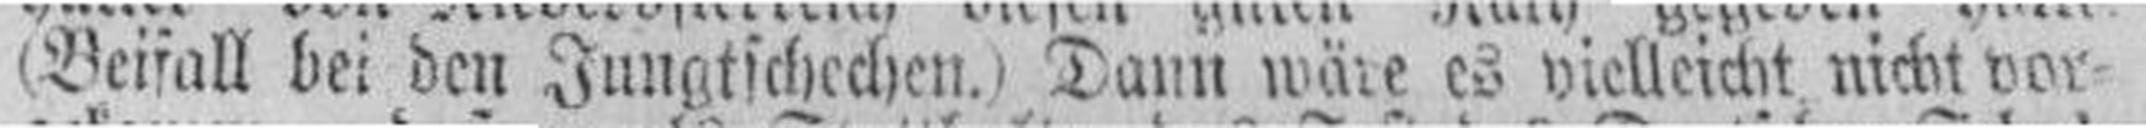
(Beifall bei den Jungtschechen.) Dann wäre es yielleicht nicht vor¬